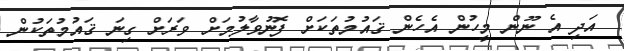
އަދި އެ ނޫން މީހުން އެހެން ޤައުމުތަކަށް ފޮނުވާލުމަށް ވަރަށް ގިނަ ޤައުމުތަކުން